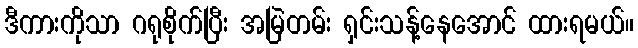
ဒီကားကိုသာ ဂရုစိုက်ပြီး အမြဲတမ်း ရှင်းသန့်နေအောင် ထားရမယ်။